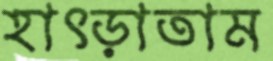
হাৎড়াতাম